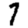
Digit: 7